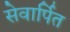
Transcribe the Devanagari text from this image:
सेवार्पित